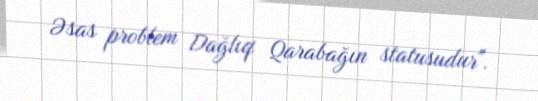
Əsas problem Dağlıq Qarabağın statusudur".